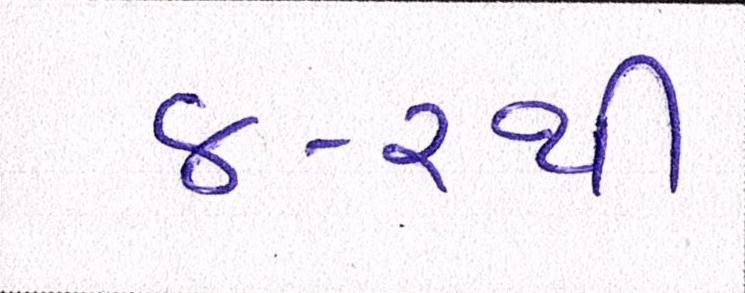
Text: ૪-૨થી